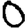
Digit: 0